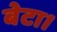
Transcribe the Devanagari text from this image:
बेटा।